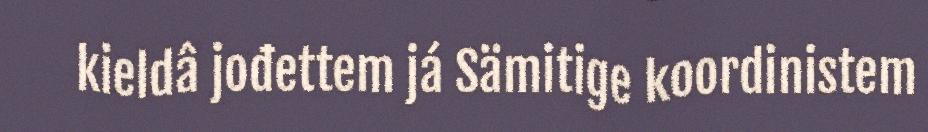
kieldâ jođettem já Sämitige koordinistem